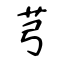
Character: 芎